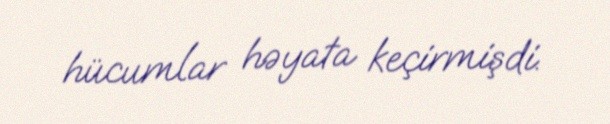
hücumlar həyata keçirmişdi.